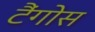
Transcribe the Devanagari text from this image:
टैंगोस